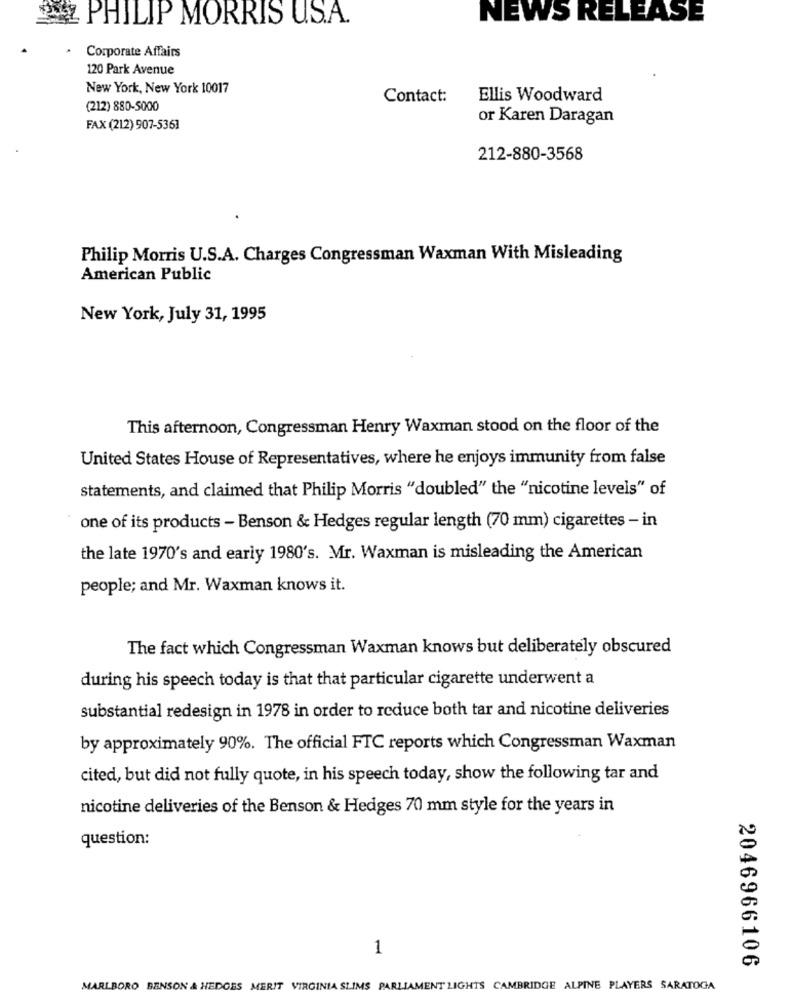
22 PHILIP MORRIS US.A.
NEWS RELEASE
Corporate Affairs
120 Park Avenue
New York, New York 10017
Contact:
Ellis Woodward
(212) 880-5000
or Karen Daragan
FAX (212) 907-5361
212-880-3568
Philip Morris U.S.A. Charges Congressman Waxman With Misleading
American Public
New York, July 31, 1995
This afternoon, Congressman Henry Waxman stood on the floor of the
United States House of Representatives, where he enjoys immunity from false
statements, and claimed that Philip Morris "doubled" the "nicotine levels" of
one of its products - Benson & Hedges regular length (70 mm) cigarettes - in
the late 1970's and early 1980's. Mr. Waxman is misleading the American
people; and Mr. Waxman knows it.
The fact which Congressman Waxman knows but deliberately obscured
during his speech today is that that particular cigarette underwent a
substantial redesign in 1978 in order to reduce both tar and nicotine deliveries
by approximately 90%. The official FTC reports which Congressman Waxman
cited, but did not fully quote, in his speech today, show the following tar and
nicotine deliveries of the Benson & Hedges 70 mm style for the years in
question:
1
2046966106
MARLBORO BENSON & HEDGES MERIT VIRGINIA SLIMS PARLIAMENT LIGHTS CAMBRIDGE ALPINE PLAYERS SARATOGA